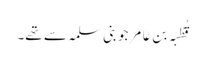
قُطْبَہ بِن عَامِر جو بنی سلمہ سے تھے۔